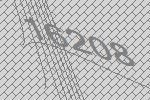
16208